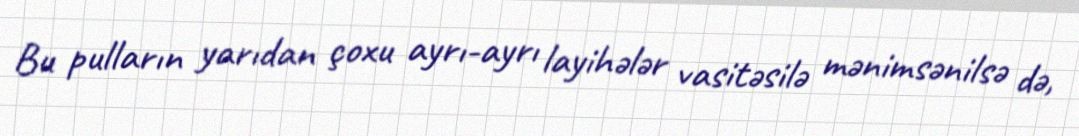
Bu pulların yarıdan çoxu ayrı-ayrı layihələr vasitəsilə mənimsənilsə də,